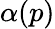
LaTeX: \alpha(p)